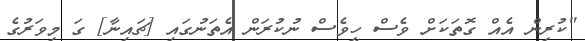
"ކުރިން އެއް ގޮތަކަށް ވެސް ހީވެސް ނުކުރަން އެތަނުގައި [ޗައިނާ] ގަ މިވަރުގެ